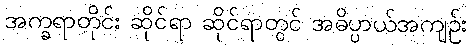
အက္ခရာတိုင်း ဆိုင်ရာ ဆိုင်ရာတွင် အဓိပ္ပာယ်အကျဉ်း